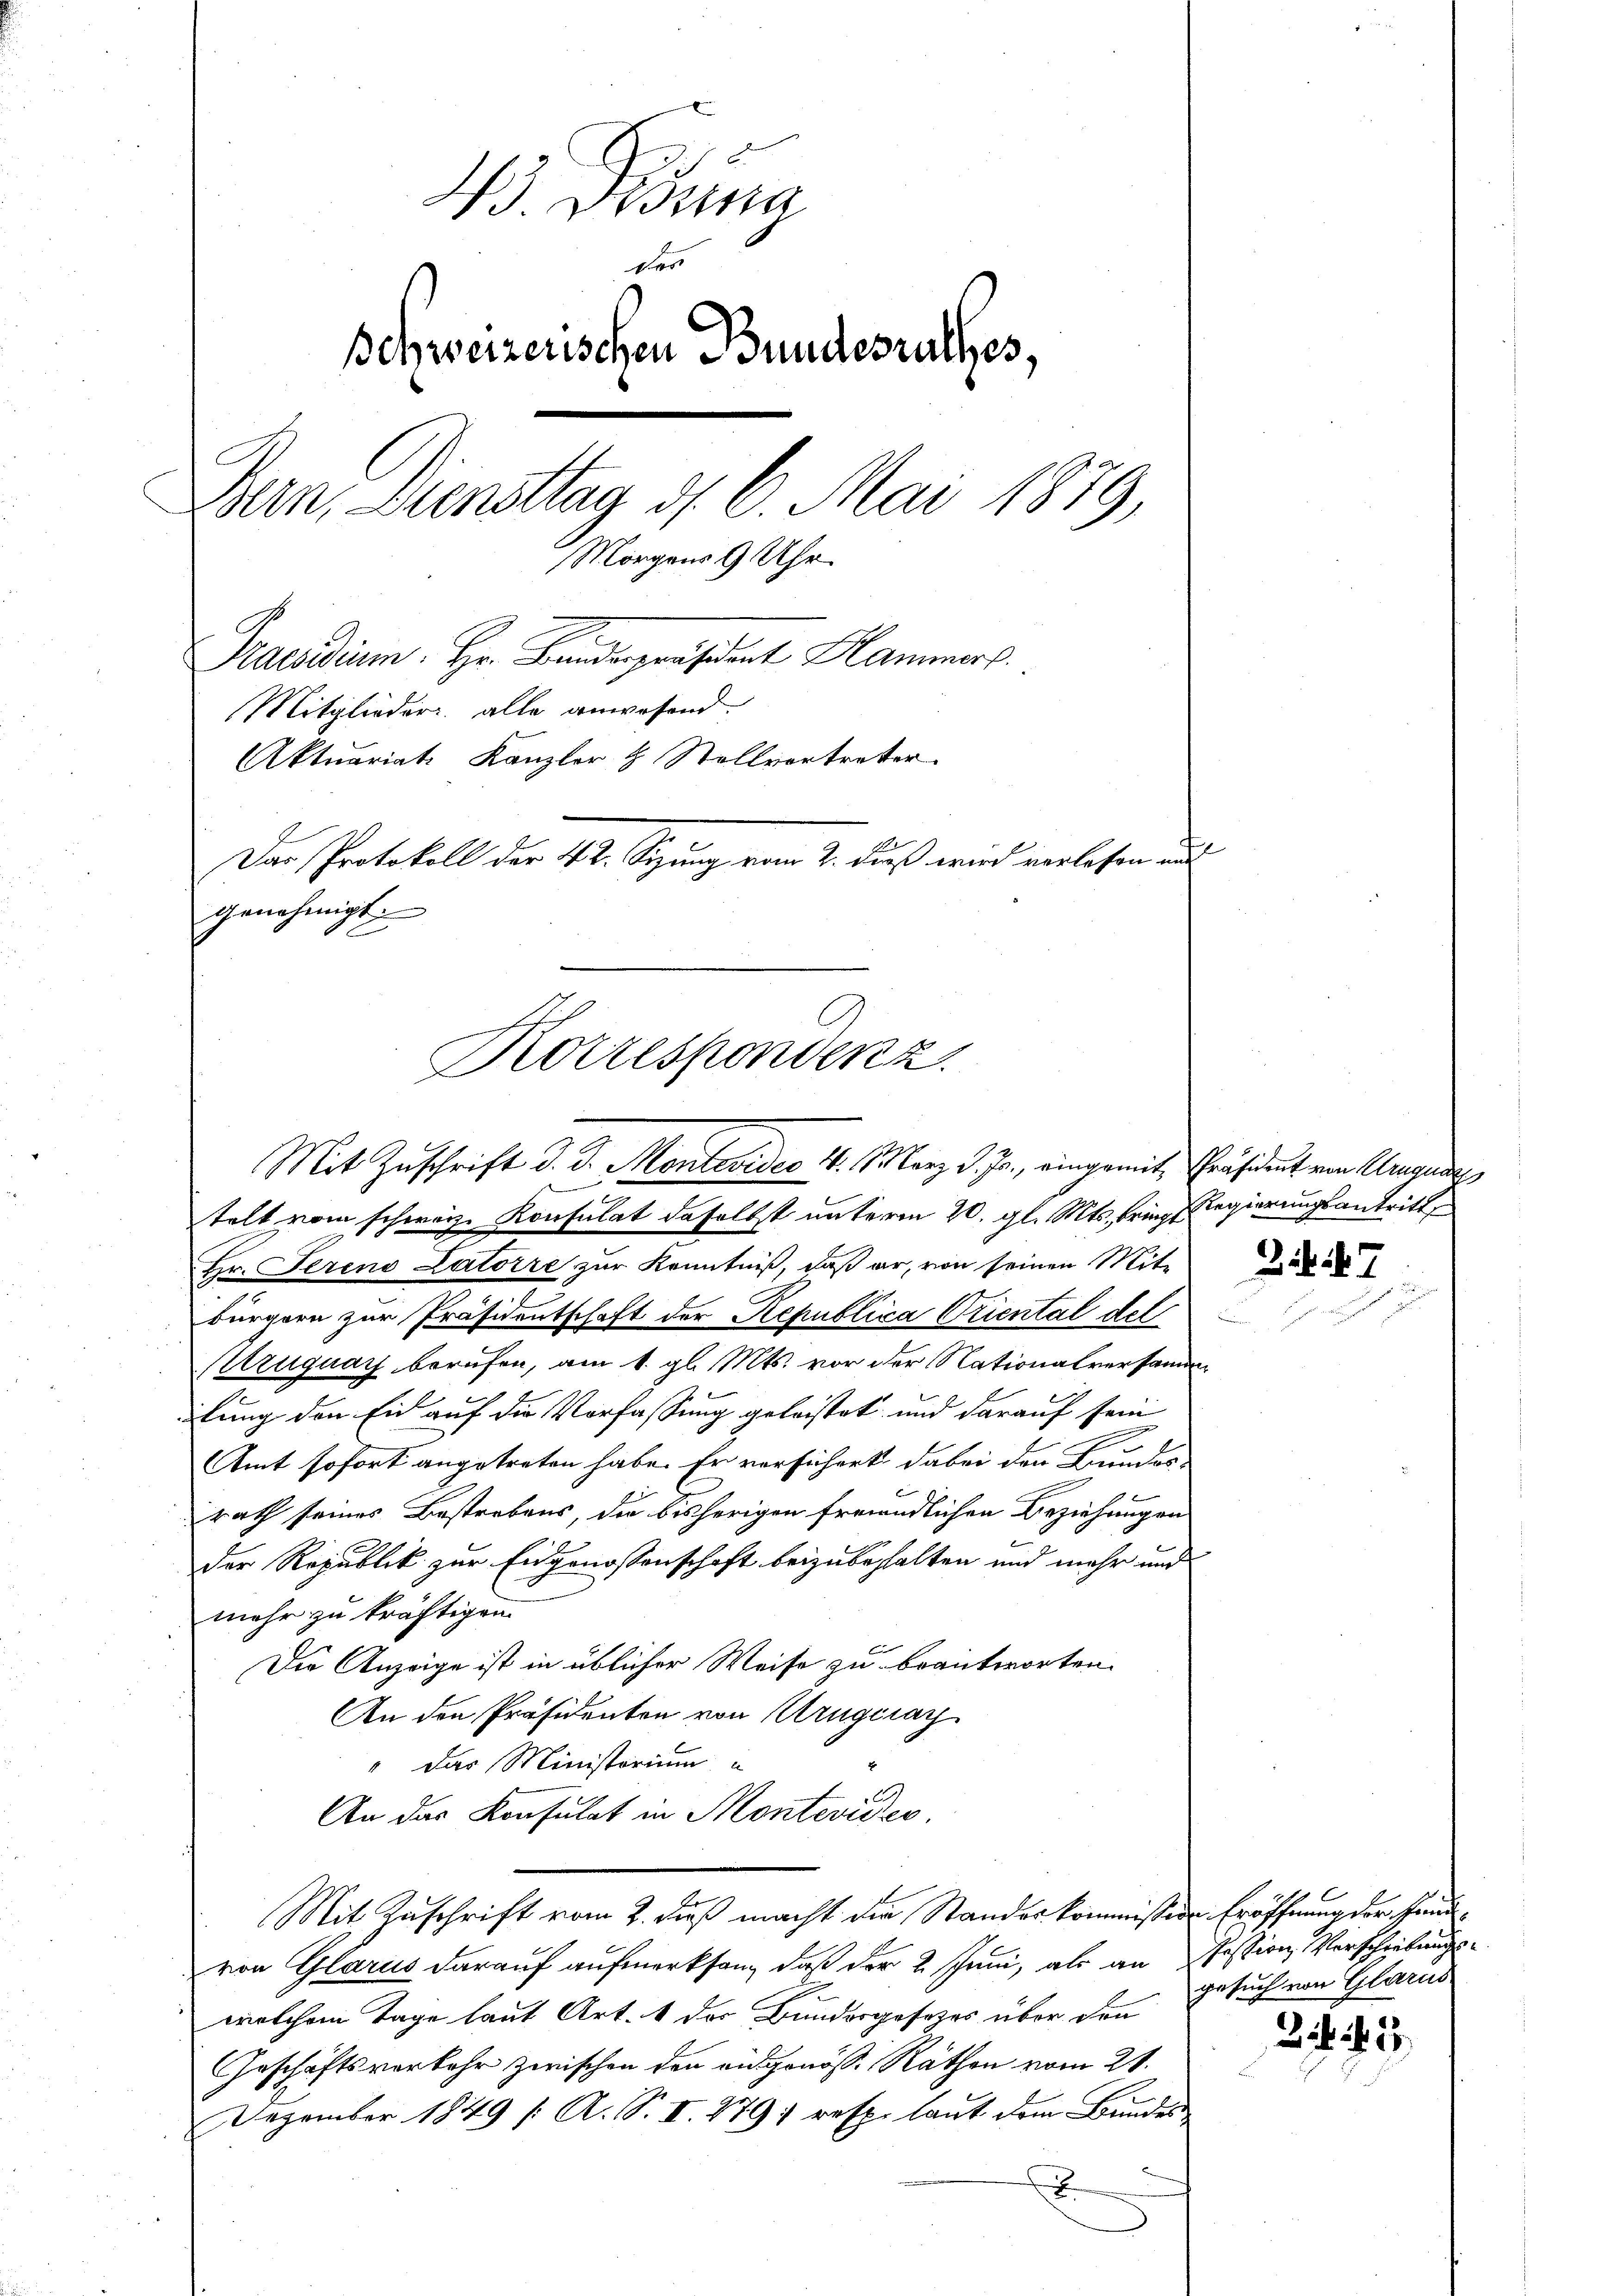
1 Didung
der
Behweizerischen Bundesrathes,
Bun. Diensttag d. 6. Mai 1879,
Morgens 9 Uhr.
Praesidium. Hr. Bandespräsident Hammers.
Mitglieder alle anwesend.
Aktuariat Kanzler H. Stollvortreter
Das Protokoll der 42. Sizung vom 2. dieß wird verlesen aus
genehmigt.

Mit Zuschrift d. d. Montevideo 4. März d. Js., eingemit, Präsident von Augus

Korrespondenz.

telt vom schweiz. Konsulat daselbst unterm 20. gl. Mts. pries Regierungsantritt,
Hr. Serend Latorre zur Kenntniß, daß er, von seinen Mite
bürgern zur Präsidentschaft der Republica Oriental del
Aruguay berufen, am 1. gl. Mts. vor der Nationalversamm
lung den Eid auf die Verfassung geleistet und darauf sein
E
Amt sofort angetreten habe. Er versichert dabei den Bundes
rath seines Bestrebens, die bisherigen freiendlichen Beziehungen
der Republik zur Eidgenossenschaft beizubehalten und mehr und
mehr zu kräftigen.
Die Anzeige ist in üblicher Weise zu beantworten.
An den Präsidenten von Krügeray
" Das Ministorium
An das Konsulat in Montevide
Mit Zuschrift vom 2. Fuß macht die Standeskommission Eröffnung der Handvon Glarus darauf aufmerksam, daß der 2 schein, als an festion, Verschiebungse
welchem Tage laut Art. 1 der Bundergesetzes über den
Geschäftsverkehr zwischen den eidgenös-Räthen vom 21.
Dezember 1849 /: A. S. II. 279) resp. laut dem Bundes¬
.

Bit 47

gesuch von Glarus

Z 141.